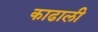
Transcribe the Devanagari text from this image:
काढाली